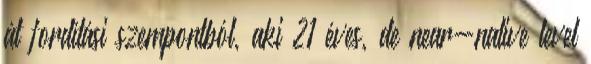
át fordítási szempontból, aki 21 éves, de near-native level